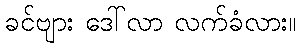
ခင်ဗျား ဒေါ်လာ လက်ခံလား။